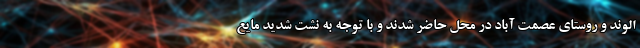
الوند و روستای عصمت آباد در محل حاضر شدند و با توجه به نشت شدید مایع